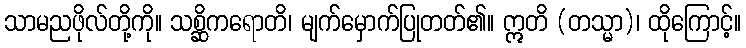
သာမညဖိုလ်တို့ကို။ သစ္ဆိကရောတိ၊ မျက်မှောက်ပြုတတ်၏။ ဣတိ (တသ္မာ)၊ ထိုကြောင့်။